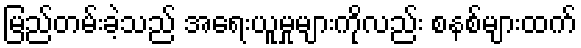
မြည်တမ်းခဲ့သည် အရေးယူမှုများကိုလည်း စနစ်များထက်